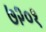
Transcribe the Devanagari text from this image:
७२०१